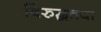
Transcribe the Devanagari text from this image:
विरुद्धतया